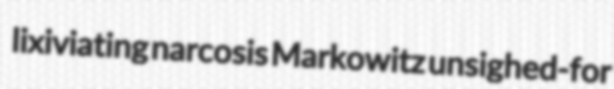
lixiviating narcosis Markowitz unsighed-for